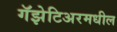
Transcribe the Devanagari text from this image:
गॅझेटिअरमधील